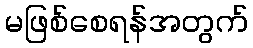
မဖြစ်စေရန်အတွက်